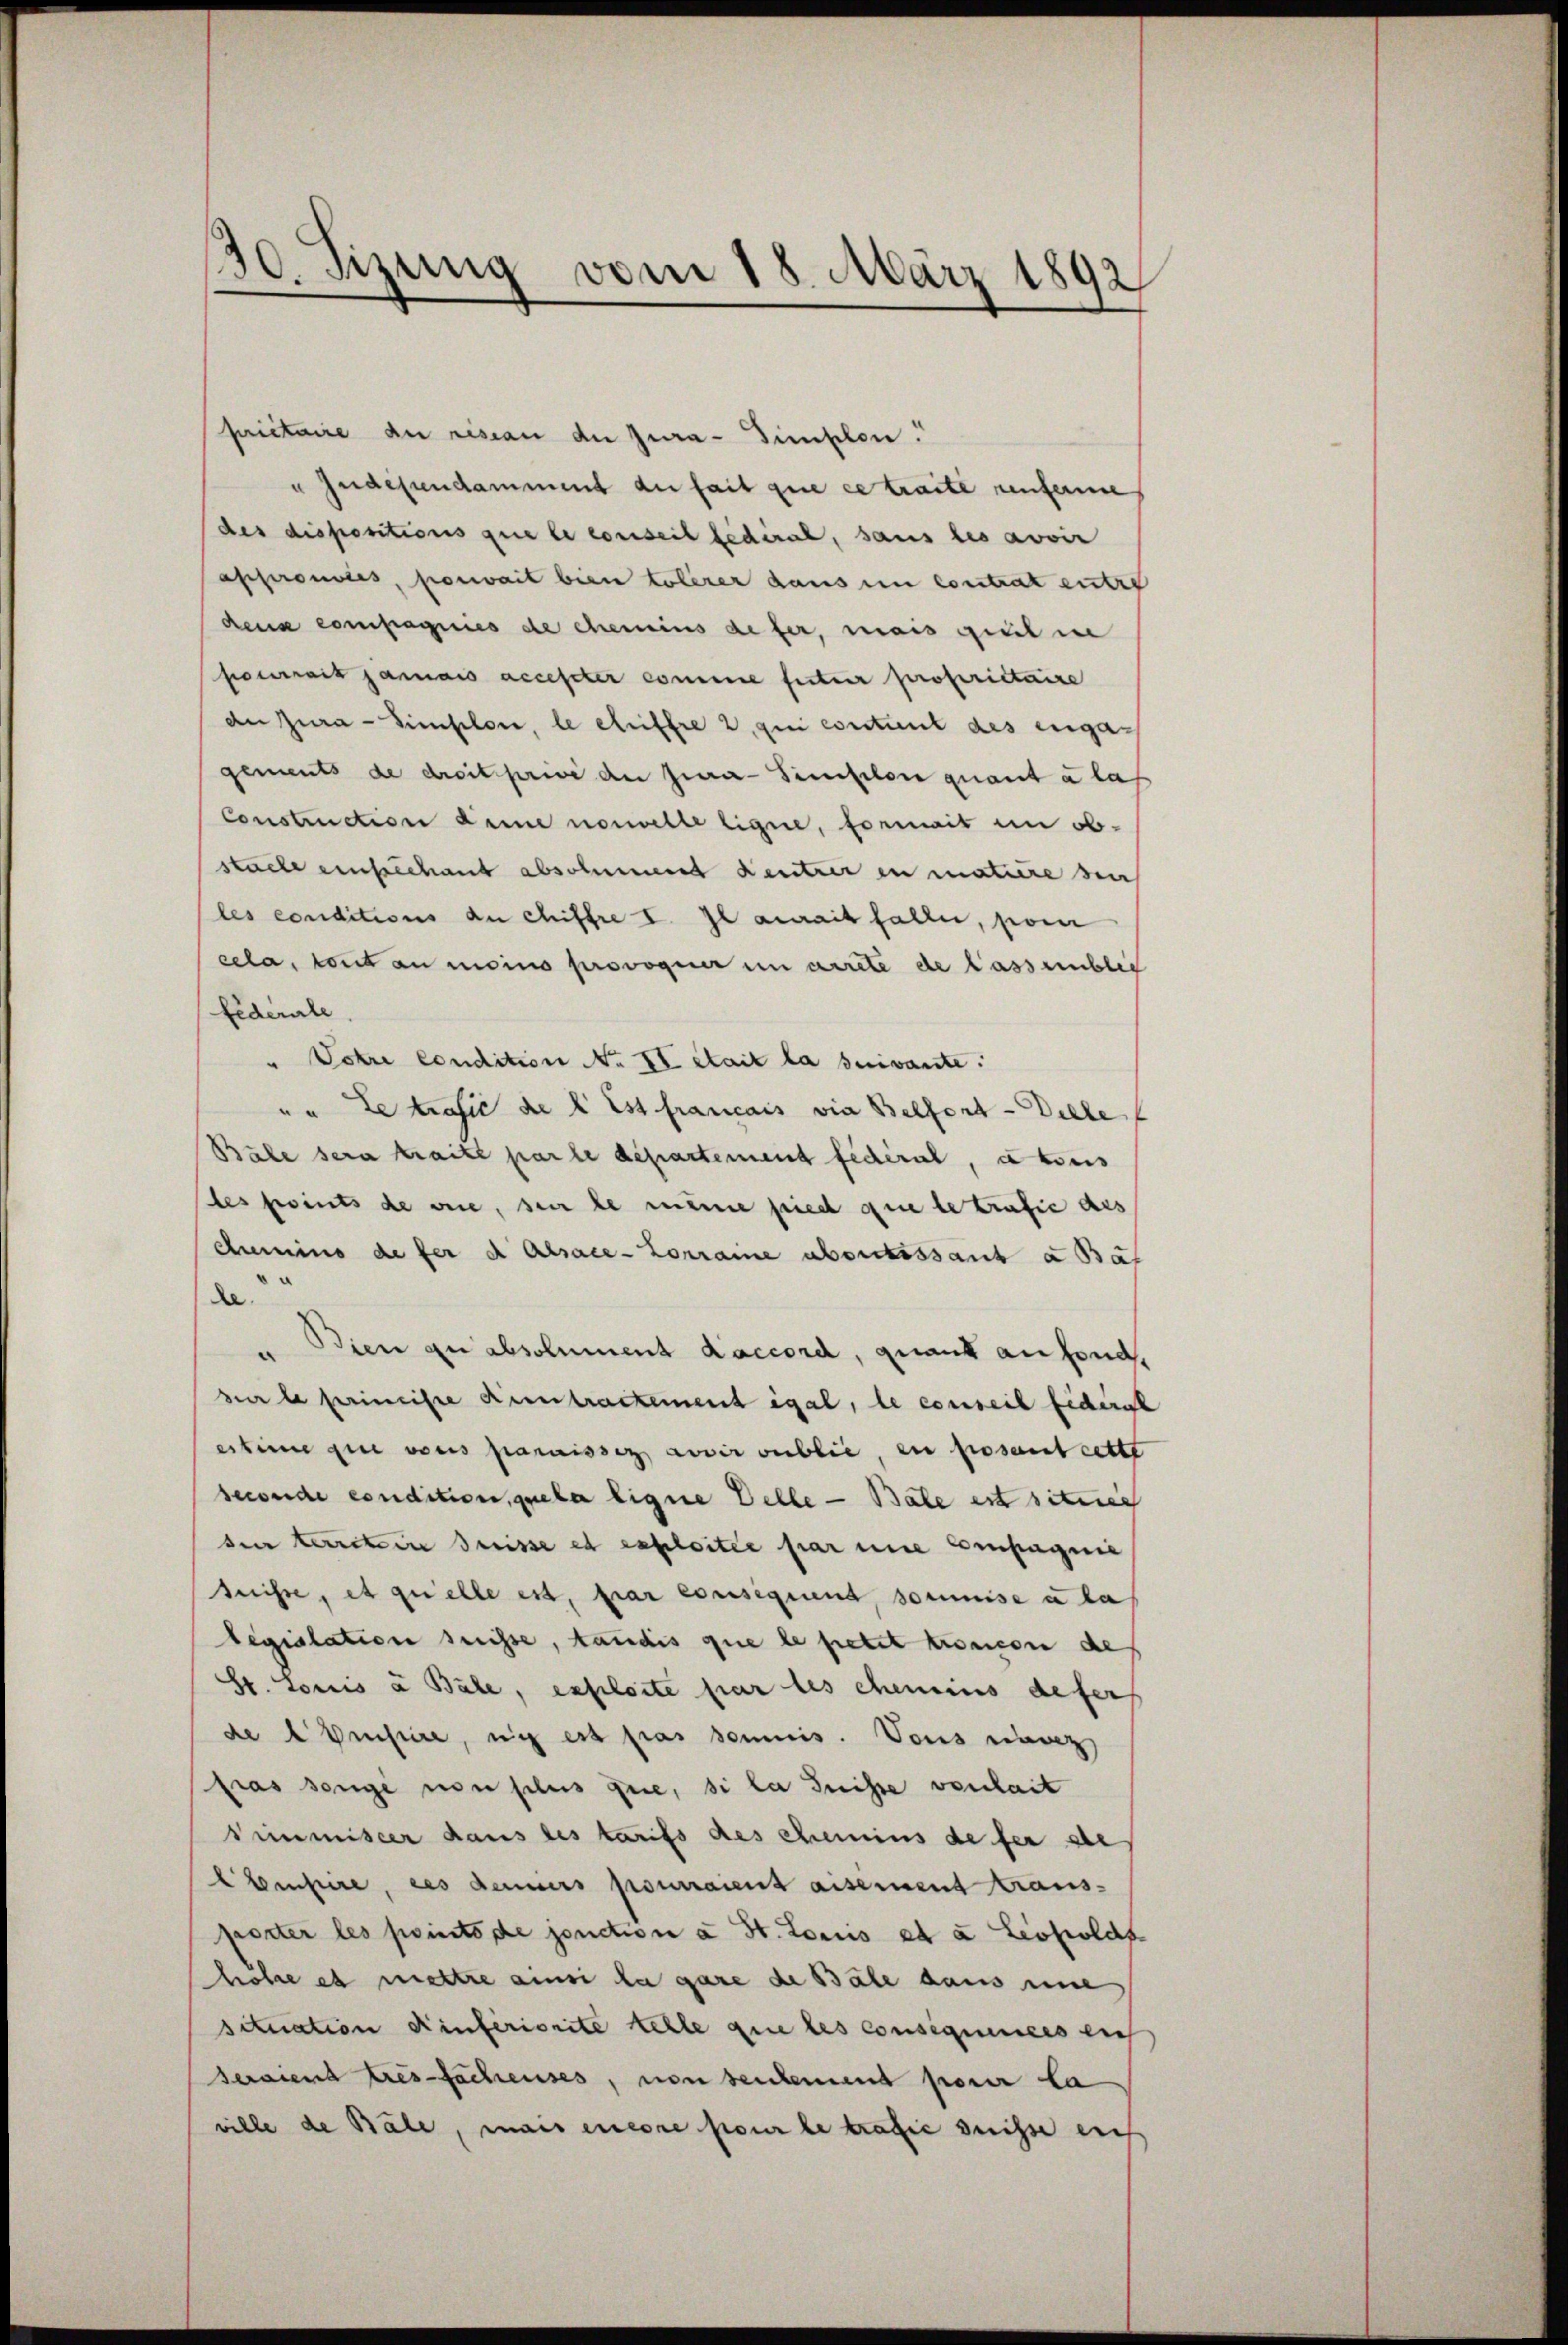
130. Sizung vom 18. März 1892

prietaire de resian der Jura - Simplen.
u Indescendamment der fait que ce traite renferme
des dispositions que le conseil fédéral, sans les avoir
appronoles, pouvait bien tolerer daus in contrat entre
dens compagnis de chemins defer, mais gelin
fuerit jamais accester comme factur propriétaire
de Jura - Simplon, le chriffre 2, qui content des engagements de droit privé de jura-Simplon quant a las
Construction dene nouvelle Eigne, formait in obstacle einstechant absolument Kentrer in matière sei
les conditions an chiffre I. Il aurait faller, pour
cela, tout au moins provoquer in arrete de lassenblich
federale
Potre condition No II était la suivante.
"" Le trafie de l. Es francais die Belfort- Diele
Bale sera traite par le département fédéral, u bes
les points de sie, ser le meine pied que le trafie des
Chemins de fer d. Alsace-Lorraine abertissant a Bät
da
diere der absolument accord, quant an fond.
sur le primeiste Eintractement égal, le conseil fiderat
estine gut votis paraisses Lovir sublic, en posant cette
seweide condition, quela ligne Delle — Bate est situier
den terretin Suisse es exploitée par une Empagnie
tnisse, et quelle est, frar consequent, soumise u la
legislation suisse, taudis que le pietet troncen des
St. Louis à Bäle, exploite par les chemins defer
de Fristire, nicht est pas soumis. Vons einz
fras sange non plus que, si la Suisse verheit
Dimmisser dans les tarifs des chemins de fer de
Empire, des denners pourraient aisernent transposter les points de jonction a St. Locus et u. Leopolds
höhe es mettre ainsi la gare de Bäle dans nie
situation Kinferiorite telle que les consequences ei
seraiend Tres-Sachenses, von seulement parer la
ville de Bäle, mais encore pour le trafie suisse auch